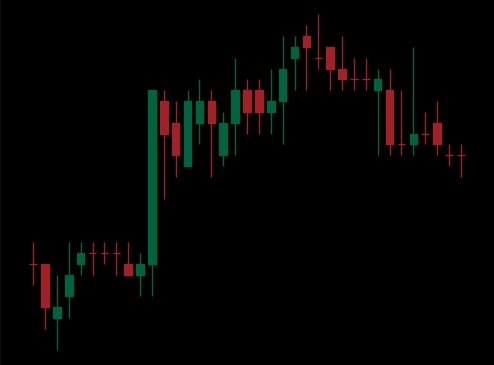
Pattern: bear_flag